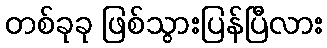
တစ်ခုခု ဖြစ်သွားပြန်ပြီလား